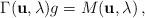
LaTeX: \begin{align*}\Gamma ({\bf u}, \lambda) g = M ({\bf u}, \lambda)\, , \end{align*}